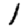
Digit: 1